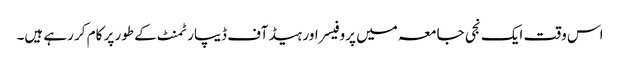
اس وقت ایک نجی جامعہ میں پروفیسر اور ہیڈ آف ڈیپارٹمنٹ کے طور پر کام کر رہے ہیں۔